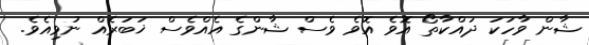
ޝާން ވާހަކަ ދައްކާތޯ އޮވެ އޮވެ ވެސް ޝާންގެ އެއްވެސް ޚަބަރެއް ނުވިއެވެ.